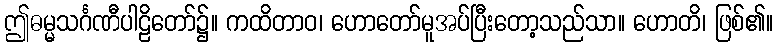
ဤဓမ္မသင်္ဂဏီပါဠိတော်၌။ ကထိတာဝ၊ ဟောတော်မူအပ်ပြီးတော့သည်သာ။ ဟောတိ၊ ဖြစ်၏။